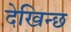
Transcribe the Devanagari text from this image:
देखिन्छ